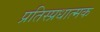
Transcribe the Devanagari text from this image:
प्रतिस्प्रधात्मक